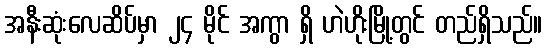
အနီးဆုံးလေဆိပ်မှာ ၂၄ မိုင် အကွာ ရှိ ဟဲဟိုးမြို့တွင် တည်ရှိသည်။